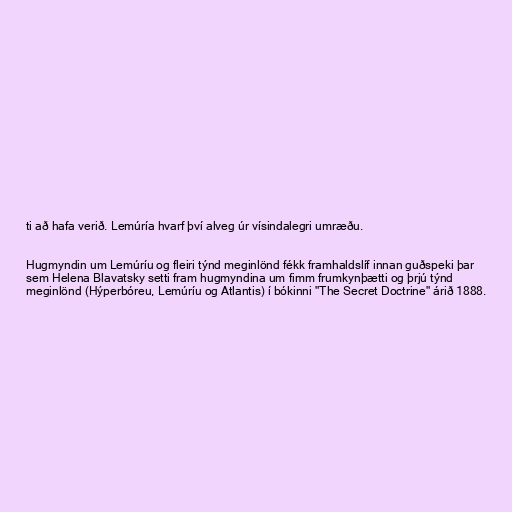
ti að hafa verið. Lemúría hvarf því alveg úr vísindalegri umræðu.

Hugmyndin um Lemúríu og fleiri týnd meginlönd fékk framhaldslíf innan guðspeki þar
sem Helena Blavatsky setti fram hugmyndina um fimm frumkynþætti og þrjú týnd
meginlönd (Hýperbóreu, Lemúríu og Atlantis) í bókinni "The Secret Doctrine" árið 1888.